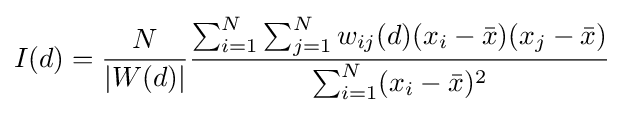
I(d)={\frac {N}{|W(d)|}}{\frac {\sum _{i=1}^{N}\sum _{j=1}^{N}w_{ij}(d)(x_{i}-{\bar {x}})(x_{j}-{\bar {x}})}{\sum _{i=1}^{N}(x_{i}-{\bar {x}})^{2}}}